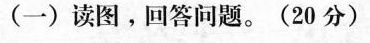
(一)读图。回答问题。(20分)